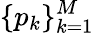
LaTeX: \{ p_{k}\} _{k=1}^{M}